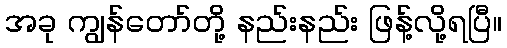
အခု ကျွန်တော်တို့ နည်းနည်း ဖြန့်လို့ရပြီ။